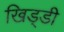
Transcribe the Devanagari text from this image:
खिड्डी